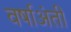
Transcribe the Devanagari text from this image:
वर्षाअंती